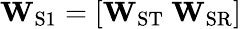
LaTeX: \mathbf{W}_{\mathrm{S1}}=[\mathbf{W}_{\mathrm{ST}}\ \mathbf{W}_{\mathrm{SR}}]